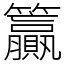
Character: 籯